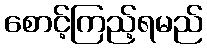
စောင့်ကြည့်ရမည်